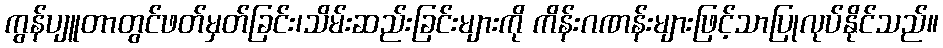
ကွန်ပျူတာတွင်ဖတ်မှတ်ခြင်း၊သိမ်းဆည်းခြင်းများကို ကိန်းဂဏန်းများဖြင့်သာပြုလုပ်နိုင်သည်။